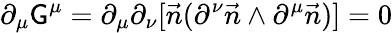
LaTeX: \partial_{\mu}\mathsf{G}^{\mu}=\partial_{\mu}\partial_{\nu}[\vec{{n}}(\partial^{\nu}\vec{{n}}\wedge\partial^{\mu}\vec{{n}})]=0